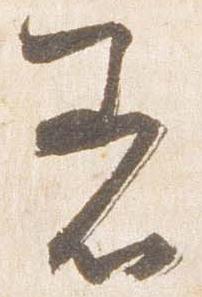
着